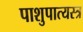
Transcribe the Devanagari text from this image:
पाशुपात्यस्त्र